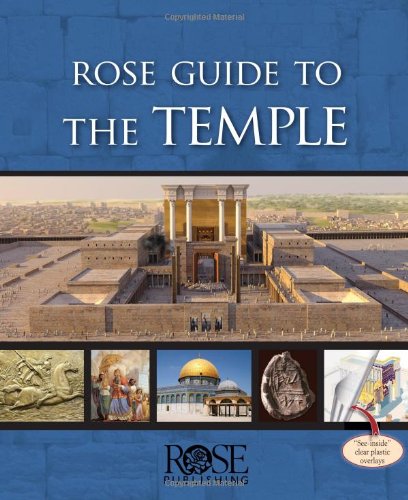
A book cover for Rose Guide to the Temple; Dr. Randall Price; Religion & Spirituality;